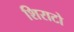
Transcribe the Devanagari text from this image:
शिराटो